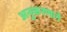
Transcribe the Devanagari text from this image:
अनुकरणाने